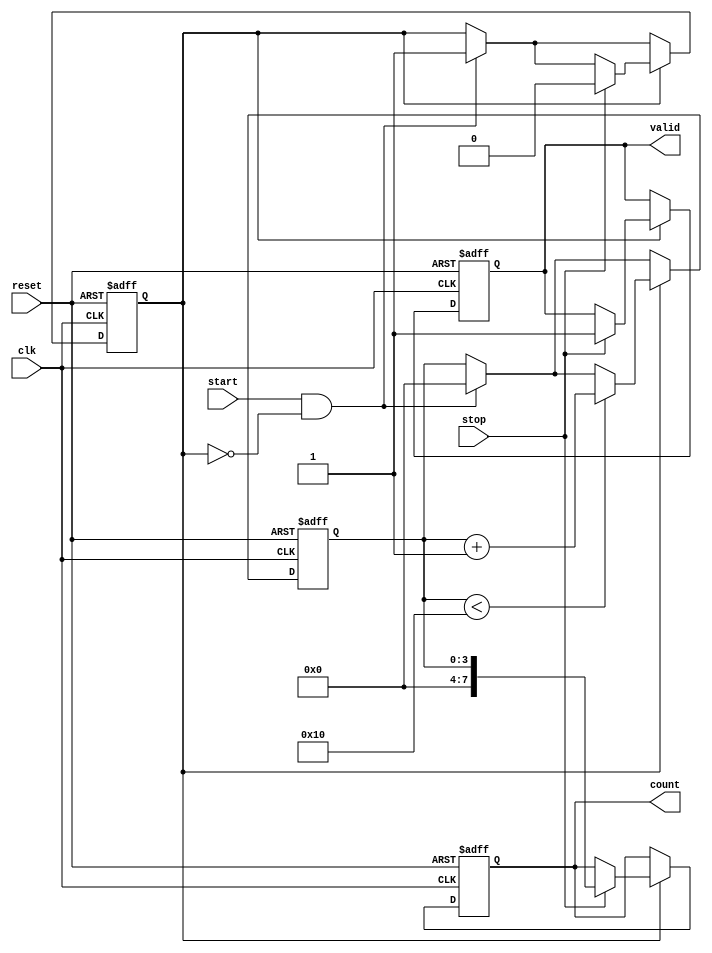
module TDC (
    input wire clk,           // System clock
    input wire start,         // Start signal
    input wire stop,          // Stop signal
    input wire reset,         // Reset signal
    output reg [7:0] count,   // Count output (8-bit for example)
    output reg valid          // Valid output signal
);

    // Parameters
    parameter DELAY_CELLS = 16; // Number of delay cells
    parameter DELAY_UNIT = 1;    // Delay unit in clock cycles

    // Internal signals
    reg [3:0] delay_line [0:DELAY_CELLS-1]; // Delay line array
    reg [3:0] counter;                     // Counter for delay cells
    reg measuring;                         // Flag to indicate measuring state

    // Initialize delay line
    integer i;
    initial begin
        for (i = 0; i < DELAY_CELLS; i = i + 1) begin
            delay_line[i] = 0; // Initialize delay cells
        end
        count = 0;
        valid = 0;
        measuring = 0;
    end

    // Control logic
    always @(posedge clk or posedge reset) begin
        if (reset) begin
            count <= 0;
            valid <= 0;
            measuring <= 0;
            counter <= 0;
        end else begin
            if (start && !measuring) begin
                // Start measuring
                measuring <= 1;
                counter <= 0; // Reset counter
            end
            
            if (measuring) begin
                // Increment counter for each clock cycle
                if (counter < DELAY_CELLS) begin
                    counter <= counter + 1;
                end
                
                // Check for stop signal
                if (stop) begin
                    measuring <= 0; // Stop measuring
                    count <= counter; // Capture count
                    valid <= 1; // Indicate valid output
                end
            end
        end
    end

    // Output logic
    always @(posedge clk) begin
        if (valid) begin
            // Output the count value
            // Here you can add logic to store the count in memory blocks if needed
            // For simplicity, we just keep it in the count register
        end
    end

endmodule